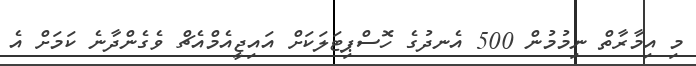
މި އިމާރާތް ނިމުމުން 500 އެނދުގެ ހޮސްޕިޓަލަކަށް އައިޖީއެމްއެޗް ވެގެންދާނެ ކަމަށް އެ